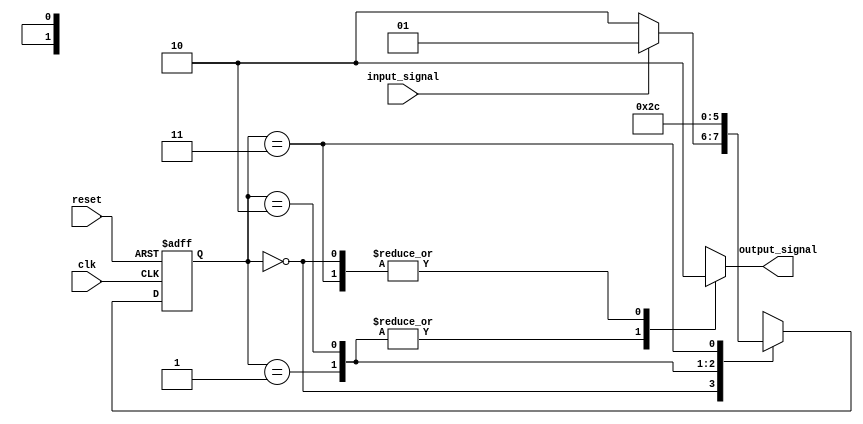
module Mealy_State_Machine_with_Wait_States(
    input clk,
    input reset,
    input input_signal,
    output reg output_signal
);

// State definitions
parameter S0 = 2'b00;
parameter S1 = 2'b01;
parameter S2 = 2'b10;
parameter S3 = 2'b11;

// Define state register and next state logic
reg [1:0] state, next_state;

always@(posedge clk or posedge reset) begin
    if(reset)
        state <= S0;
    else
        state <= next_state;
end

// Define output logic based on current state and input signal
always@(state, input_signal) begin
    case(state)
        S0: begin
            if(input_signal)
                next_state = S1;
            else
                next_state = S2;
            output_signal = 0;
        end
        S1: begin
            next_state = S2;
            output_signal = 1;
        end
        S2: begin
            next_state = S3;
            output_signal = 1;
        end
        S3: begin
            next_state = S0;
            output_signal = 0;
        end
    endcase
end

endmodule